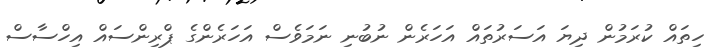
ހިތައް ކުރަމުން ދިޔަ އަސަރުތައް އަހަރެން ނުބުނި ނަމަވެސް އަހަރެންގެ ޕްރިންސައް އިހްސާސް